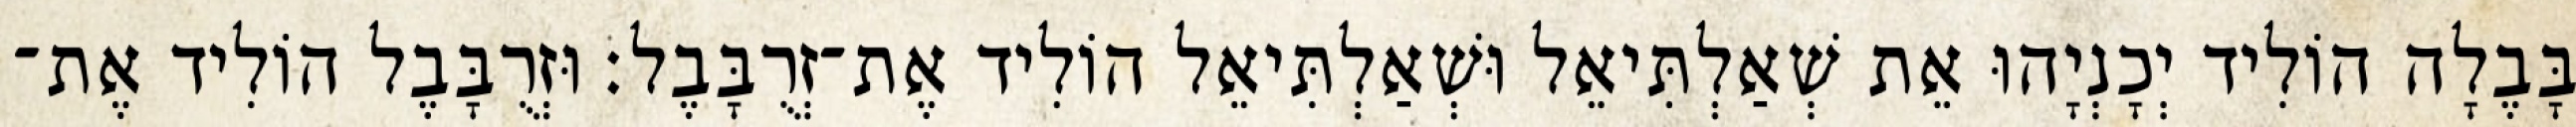
בָּבֶלָה הוֹלִיד יְכָנְיָהוּ אֵת שְׁאַלְתִּיאֵל וּשְׁאַלְתִּיאֵל הוֹלִיד אֶת־זְרֻבָּבֶל׃ וּזְרֻבָּבֶל הוֹלִיד אֶת־